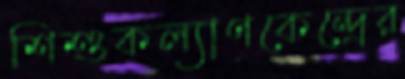
শিশুকল্যাণকেন্দ্রের